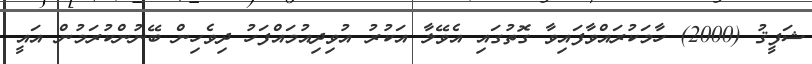
ޝަފީޤު (2000) ހާމަކުރައްވާފައިވާ ގޮތުގައި އެވޭލާ އަކުރު އުވިދިއުމައްފަހު ދިވެހިން ބޭނުންކުރަމުން އައީ